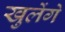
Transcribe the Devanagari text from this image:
खुलेंगे